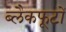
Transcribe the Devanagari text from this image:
ब्लैकफूटों